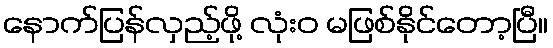
နောက်ပြန်လှည့်ဖို့ လုံးဝ မဖြစ်နိုင်တော့ပြီ။